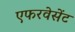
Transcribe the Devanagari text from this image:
एफरवेसेंट